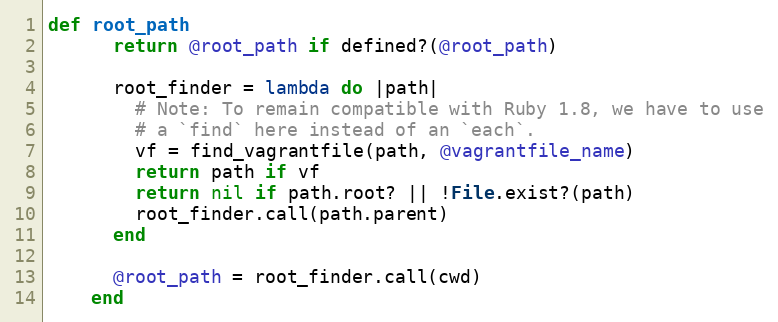
Language: Ruby
def root_path
      return @root_path if defined?(@root_path)

      root_finder = lambda do |path|
        # Note: To remain compatible with Ruby 1.8, we have to use
        # a `find` here instead of an `each`.
        vf = find_vagrantfile(path, @vagrantfile_name)
        return path if vf
        return nil if path.root? || !File.exist?(path)
        root_finder.call(path.parent)
      end

      @root_path = root_finder.call(cwd)
    end